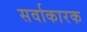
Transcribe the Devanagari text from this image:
सर्वाकारक